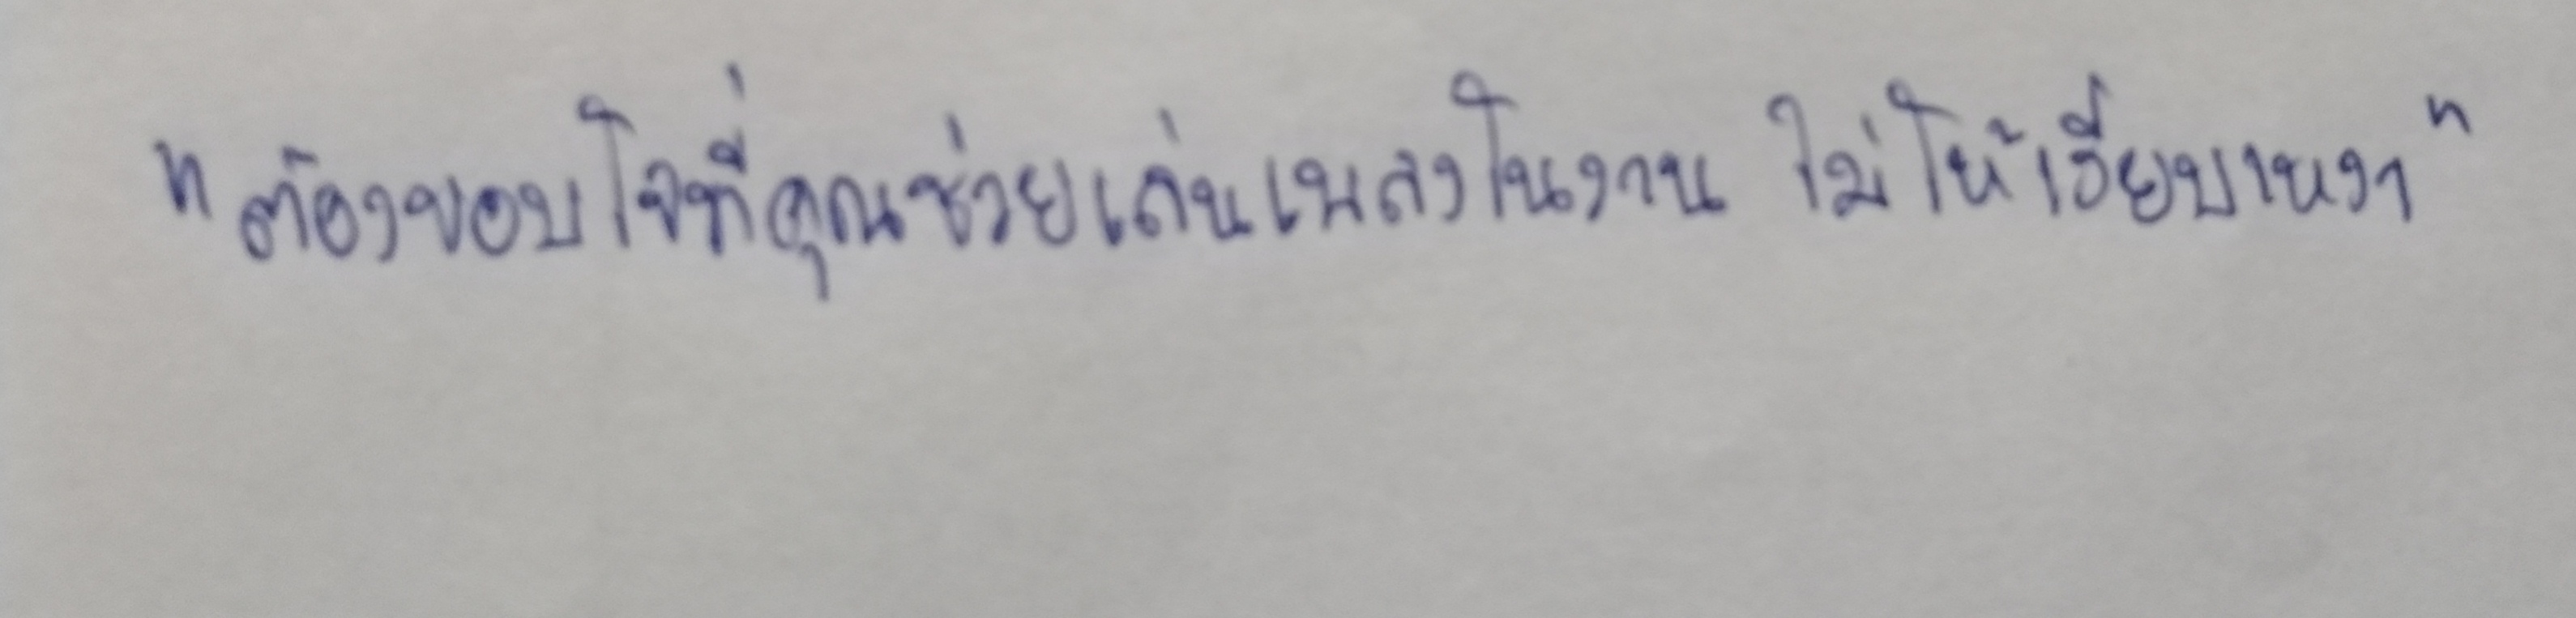
"ต้องขอบใจที่คุณช่วยเล่นเพลงในงานไม่ให้เงียบเหงา"